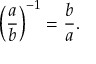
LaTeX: \left( { \frac { a } { b } } \right) ^ { - 1 } = { \frac { b } { a } } .